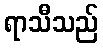
ရာသီသည်